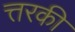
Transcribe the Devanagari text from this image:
त्तरकी